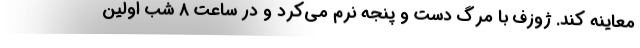
معاینه کند. ژوزف با مرگ دست و پنجه نرم می‌کرد و در ساعت ۸ شب اولین